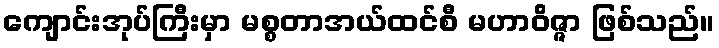
ကျောင်းအုပ်ကြီးမှာ မစ္စတာအယ်ထင်စီ မဟာဝိဇ္ဇာ ဖြစ်သည်။